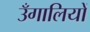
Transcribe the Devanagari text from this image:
उँगालियों